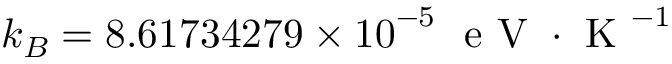
k _ { B } = 8 . 6 1 7 3 4 2 7 9 \times { 1 0 } ^ { - 5 } ~ \mathrm { ~ e ~ V ~ } \cdot { \mathrm { ~ K ~ } } ^ { - 1 }